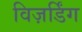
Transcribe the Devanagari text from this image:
विज़र्डिंग